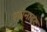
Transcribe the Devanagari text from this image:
एबोनाइट